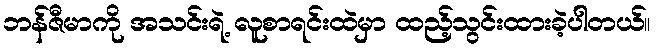
ဘန်ဇီမာကို အသင်းရဲ့ လူစာရင်းထဲမှာ ထည့်သွင်းထားခဲ့ပါတယ်။